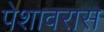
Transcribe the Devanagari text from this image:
पेशावरास